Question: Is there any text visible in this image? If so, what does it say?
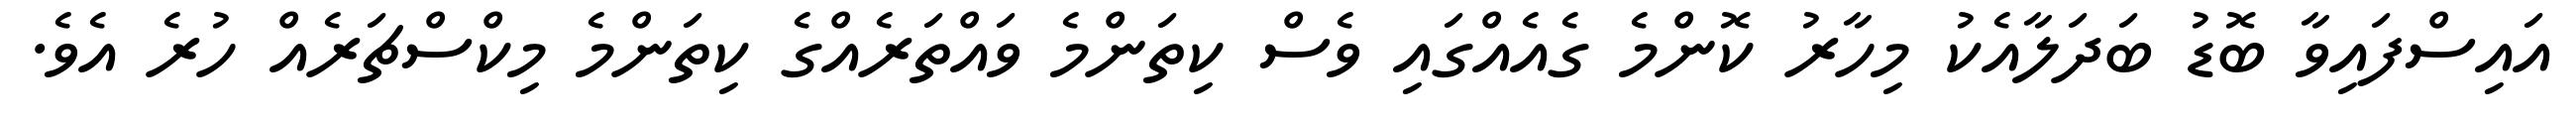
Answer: އައިސްފައިވާ ބޮޑު ބަދަލާއެކު މިހާރު ކޮންމެ ގެއެއްގައި ވެސް ކިތަންމެ ވައްތަރެއްގެ ކިތަންމެ މިކްސްޗަރެއް ހުރެ އެވެ.